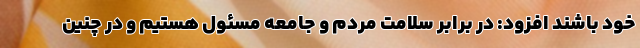
خود باشند افزود: در برابر سلامت مردم و جامعه مسئول هستیم و در چنین